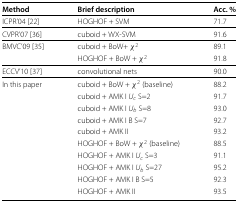
<table><thead><tr><td><b>Method</b></td><td><b>Brief description</b></td><td><b>Acc. %</b></td></tr></thead><tbody><tr><td>ICPR’04 [22]</td><td>HOGHOF + SVM</td><td>71.7</td></tr><tr><td>CVPR’07 [36]</td><td>cuboid + WX-SVM</td><td>91.6</td></tr><tr><td>BMVC’09 [35]</td><td>cuboid + BoW+ <i>χ</i><sup>2</sup></td><td>89.1</td></tr><tr><td></td><td>HOGHOF + BoW + <i>χ</i><sup>2</sup></td><td>91.8</td></tr><tr><td>ECCV’10 [37]</td><td>convolutional nets</td><td>90.0</td></tr><tr><td>In this paper</td><td>cuboid + BoW + <i>χ</i><sup>2</sup> (baseline)</td><td>88.2</td></tr><tr><td></td><td>cuboid + AMK I <i>U</i><sub><i>c</i></sub> S=2</td><td>91.7</td></tr><tr><td></td><td>cuboid + AMK I <i>U</i><sub><i>b</i></sub> S=8</td><td>93.0</td></tr><tr><td></td><td>cuboid + AMK I B S=7</td><td>92.7</td></tr><tr><td></td><td>cuboid + AMK II</td><td>93.2</td></tr><tr><td></td><td>HOGHOF + BoW + <i>χ</i><sup>2</sup> (baseline)</td><td>88.5</td></tr><tr><td></td><td>HOGHOF + AMK I <i>U</i><sub><i>c</i></sub> S=3</td><td>91.1</td></tr><tr><td></td><td>HOGHOF + AMK I <i>U</i><sub><i>b</i></sub> S=27</td><td>95.2</td></tr><tr><td></td><td>HOGHOF + AMK I B S=5</td><td>92.3</td></tr><tr><td></td><td>HOGHOF + AMK II</td><td>93.5</td></tr></tbody></table>